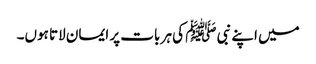
میں اپنے نبی ﷺ کی ہر بات پر ایمان لاتا ہوں۔